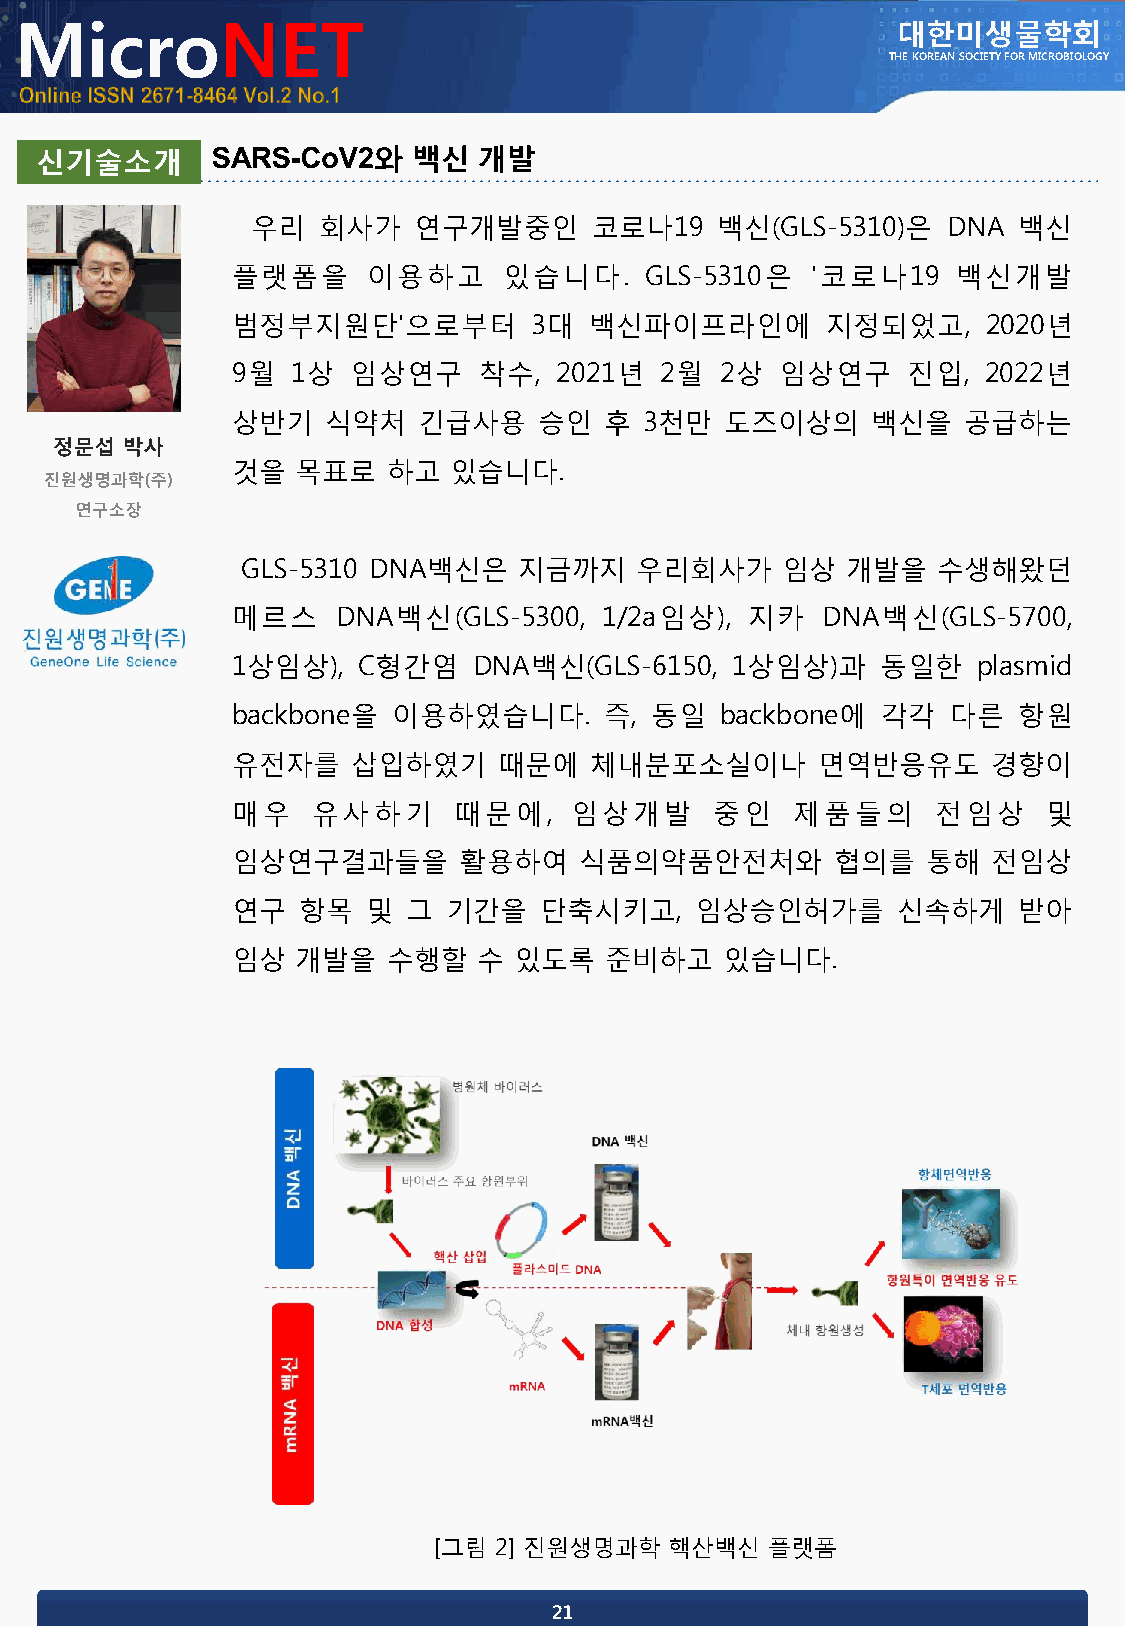
MicroNET                                                  대한미생물학회
 THE KOREAN SOCIETY FOR MICROBIOLOGY
 신기술소개
 우리  회사가   연구개발중인      코로나19   백신(GLS-5310)은   DNA 백신
 플랫폼을     이용하고     있습니다.     GLS-5310은  '코로나19   백신개발
 범정부지원단'으로부터         3대  백신파이프라인에        지정되었고,    2020년
 9월  1상  임상연구     착수,  2021년  2월  2상  임상연구    진입,  2022년
 상반기    식약처   긴급사용    승인  후  3천만  도즈이상의     백신을   공급하는
 것을   목표로   하고  있습니다.
 GLS-5310 DNA백신은   지금까지    우리회사가     임상  개발을   수생해왔던
 메르스    DNA백신(GLS-5300,   1/2a임상), 지카   DNA백신(GLS-5700,
 1상임상),   C형간염   DNA백신(GLS-6150,  1상임상)과    동일한    plasmid
 backbone을  이용하였습니다.      즉, 동일   backbone에 각각   다른  항원
 유전자를    삽입하였기     때문에   체내분포소실이나       면역반응유도      경향이
 매우    유사하기     때문에,    임상개발     중인   제품들의      전임상    및
 임상연구결과들을       활용하여    식품의약품안전처와        협의를   통해   전임상
 연구   항목  및  그  기간을   단축시키고,    임상승인허가를      신속하게    받아
 임상   개발을   수행할   수 있도록   준비하고    있습니다.
 [그림 2] 진원생명과학  핵산백신   플랫폼